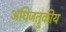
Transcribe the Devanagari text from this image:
अधिजत्रुकीय